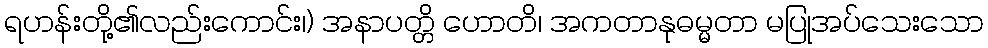
ရဟန်းတို့၏လည်းကောင်း၊) အနာပတ္တိ ဟောတိ၊ အကတာနုဓမ္မတာ မပြုအပ်သေးသော